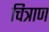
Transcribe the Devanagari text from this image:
चित्राण